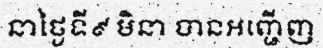
នាថ្ងៃទី៩ មិនា បានអញ្ជើញ